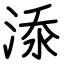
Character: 𣷹